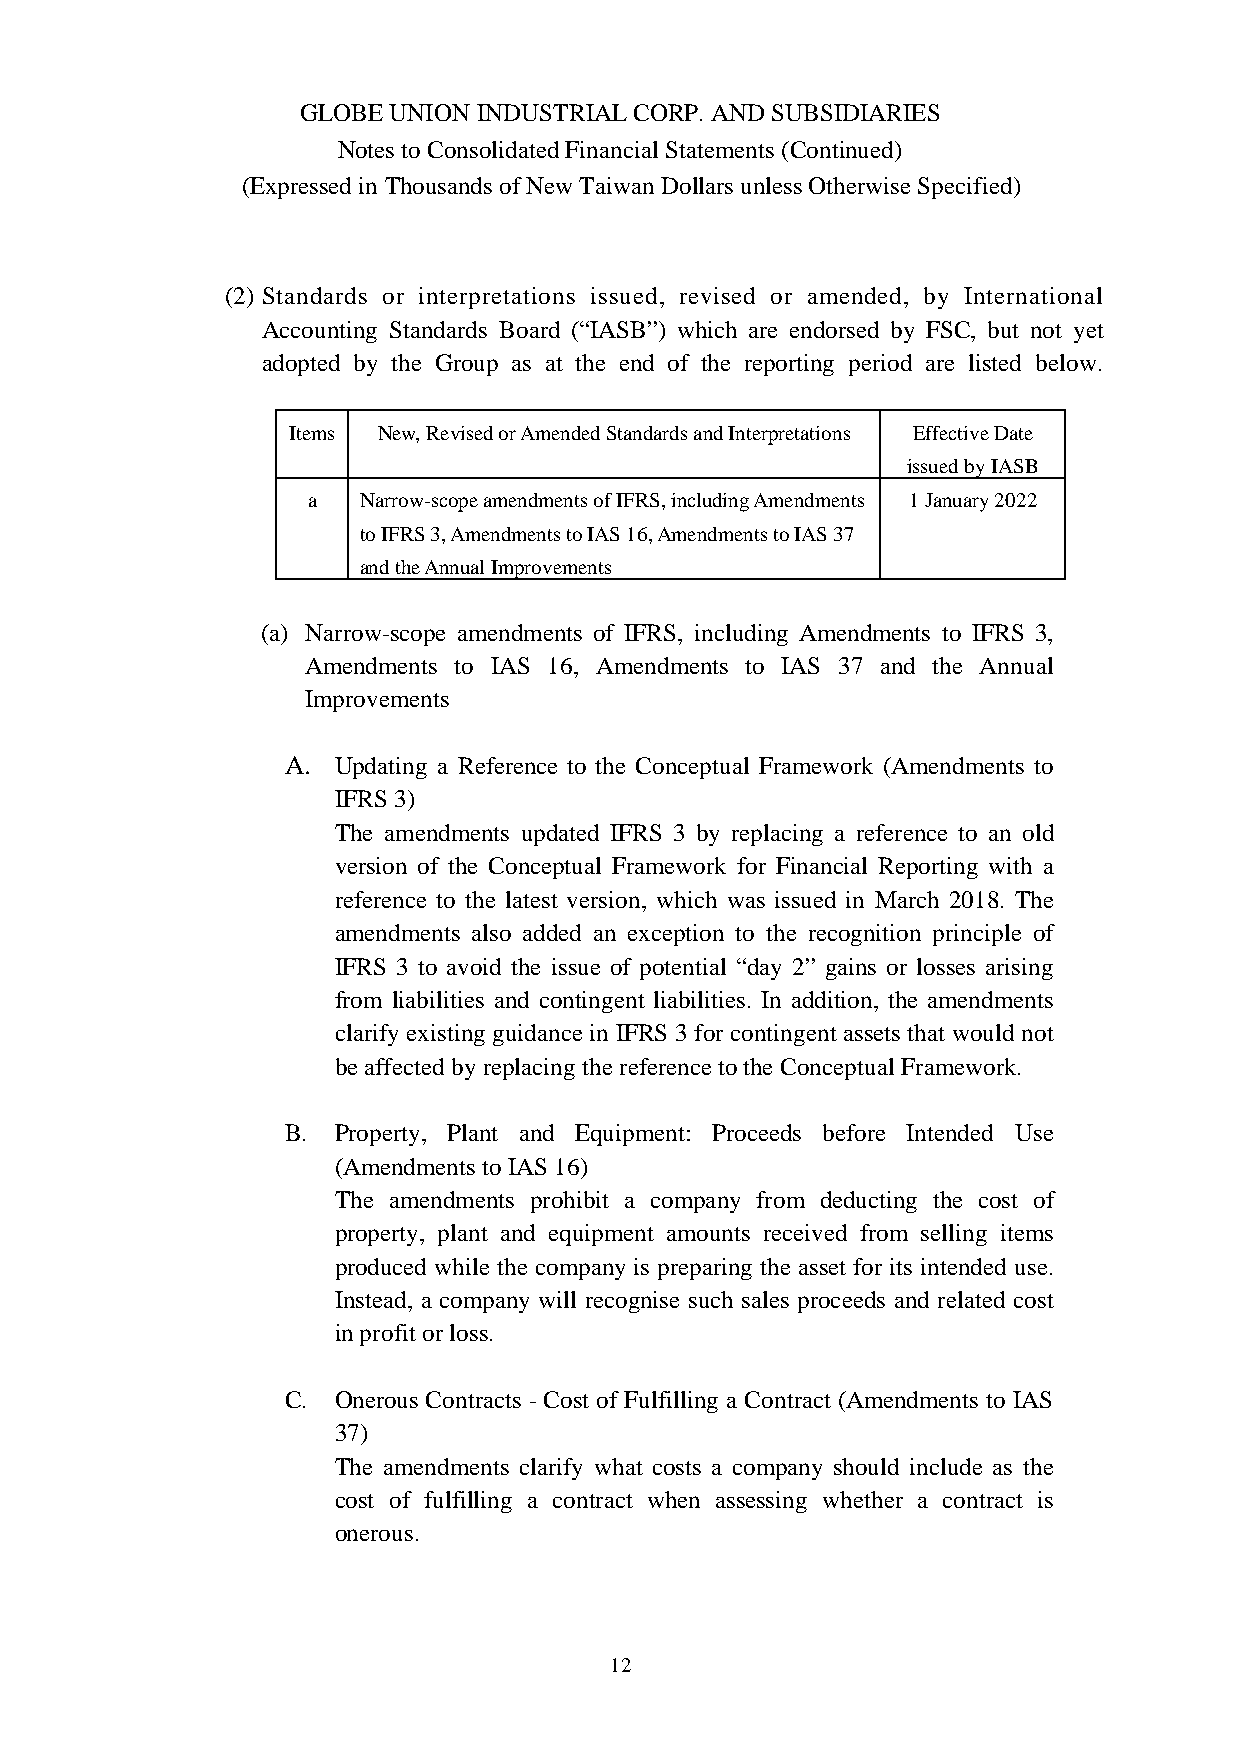
GLOBE UNION INDUSTRIAL CORP. AND SUBSIDIARIES
 Notes to Consolidated Financial Statements (Continued)
 (Expressed in Thousands of New Taiwan Dollars unless Otherwise Specified)
 (2) Standards or interpretations issued, revised or amended, by International
 Accounting Standards Board (“IASB”) which are endorsed by FSC, but not yet
 adopted by the Group as at the end of the reporting period are listed below.
 Items New, Revised or Amended Standards and Interpretations Effective Date
 issued by IASB
 a   Narrow-scope amendments of IFRS, including Amendments 1 January 2022
 to IFRS 3, Amendments to IAS 16, Amendments to IAS 37
 and the Annual Improvements
 (a) Narrow-scope amendments of IFRS, including Amendments to IFRS 3,
 Amendments to IAS 16, Amendments to IAS 37 and the Annual
 Improvements
 A. Updating a Reference to the Conceptual Framework (Amendments to
 IFRS 3)
 The amendments updated IFRS 3 by replacing a reference to an old
 version of the Conceptual Framework for Financial Reporting with a
 reference to the latest version, which was issued in March 2018. The
 amendments also added an exception to the recognition principle of
 IFRS 3 to avoid the issue of potential “day 2” gains or losses arising
 from liabilities and contingent liabilities. In addition, the amendments
 clarify existing guidance in IFRS 3 for contingent assets that would not
 be affected by replacing the reference to the Conceptual Framework.
 B. Property, Plant and Equipment: Proceeds before Intended Use
 (Amendments to IAS 16)
 The amendments prohibit a company from deducting the cost of
 property, plant and equipment amounts received from selling items
 produced while the company is preparing the asset for its intended use.
 Instead, a company will recognise such sales proceeds and related cost
 in profit or loss.
 C. Onerous Contracts - Cost of Fulfilling a Contract (Amendments to IAS
 37)
 The amendments clarify what costs a company should include as the
 cost of fulfilling a contract when assessing whether a contract is
 onerous.
 12